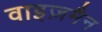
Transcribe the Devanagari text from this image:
वाइज़मैन